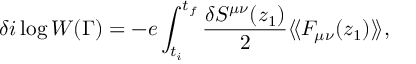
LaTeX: \delta i \log W ( \Gamma ) = - { e } \int _ { t _ { i } } ^ { t _ { f } } { \frac { \delta S ^ { \mu \nu } ( z _ { 1 } ) } { 2 } } \langle \! \langle F _ { \mu \nu } ( z _ { 1 } ) \rangle \! \rangle ,